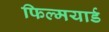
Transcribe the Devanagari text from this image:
फिल्मयार्ड